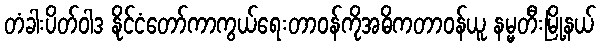
တံခါးပိတ်ဝါဒ နိုင်ငံတော်ကာကွယ်ရေးတာဝန်ကိုအဓိကတာဝန်ယူ နမ္မတီးမြို့နယ်